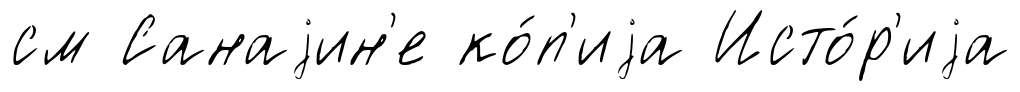
см Санаjин'е ко́п'иjа Исто́р'иjа